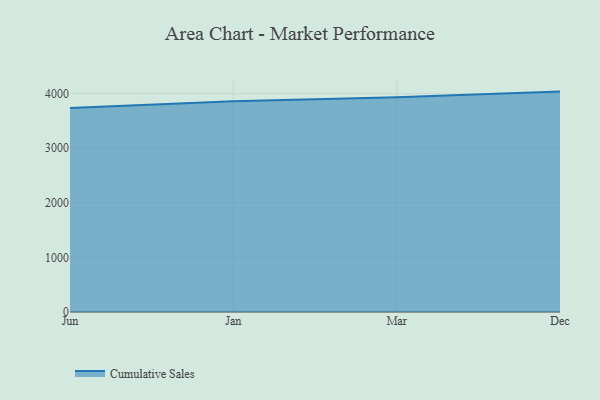
{"axis": {"x": "Month", "y": "LTV (USD)"}, "legend": ["Cumulative Sales"], "data": [{"x": "Jun", "y": 3736.1, "type": "Cumulative Sales"}, {"x": "Jan", "y": 3860.1, "type": "Cumulative Sales"}, {"x": "Mar", "y": 3934.6, "type": "Cumulative Sales"}, {"x": "Dec", "y": 4036.1, "type": "Cumulative Sales"}]}